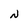
Character: N